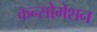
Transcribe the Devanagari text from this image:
कन्सोमेशन